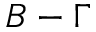
B - \Gamma